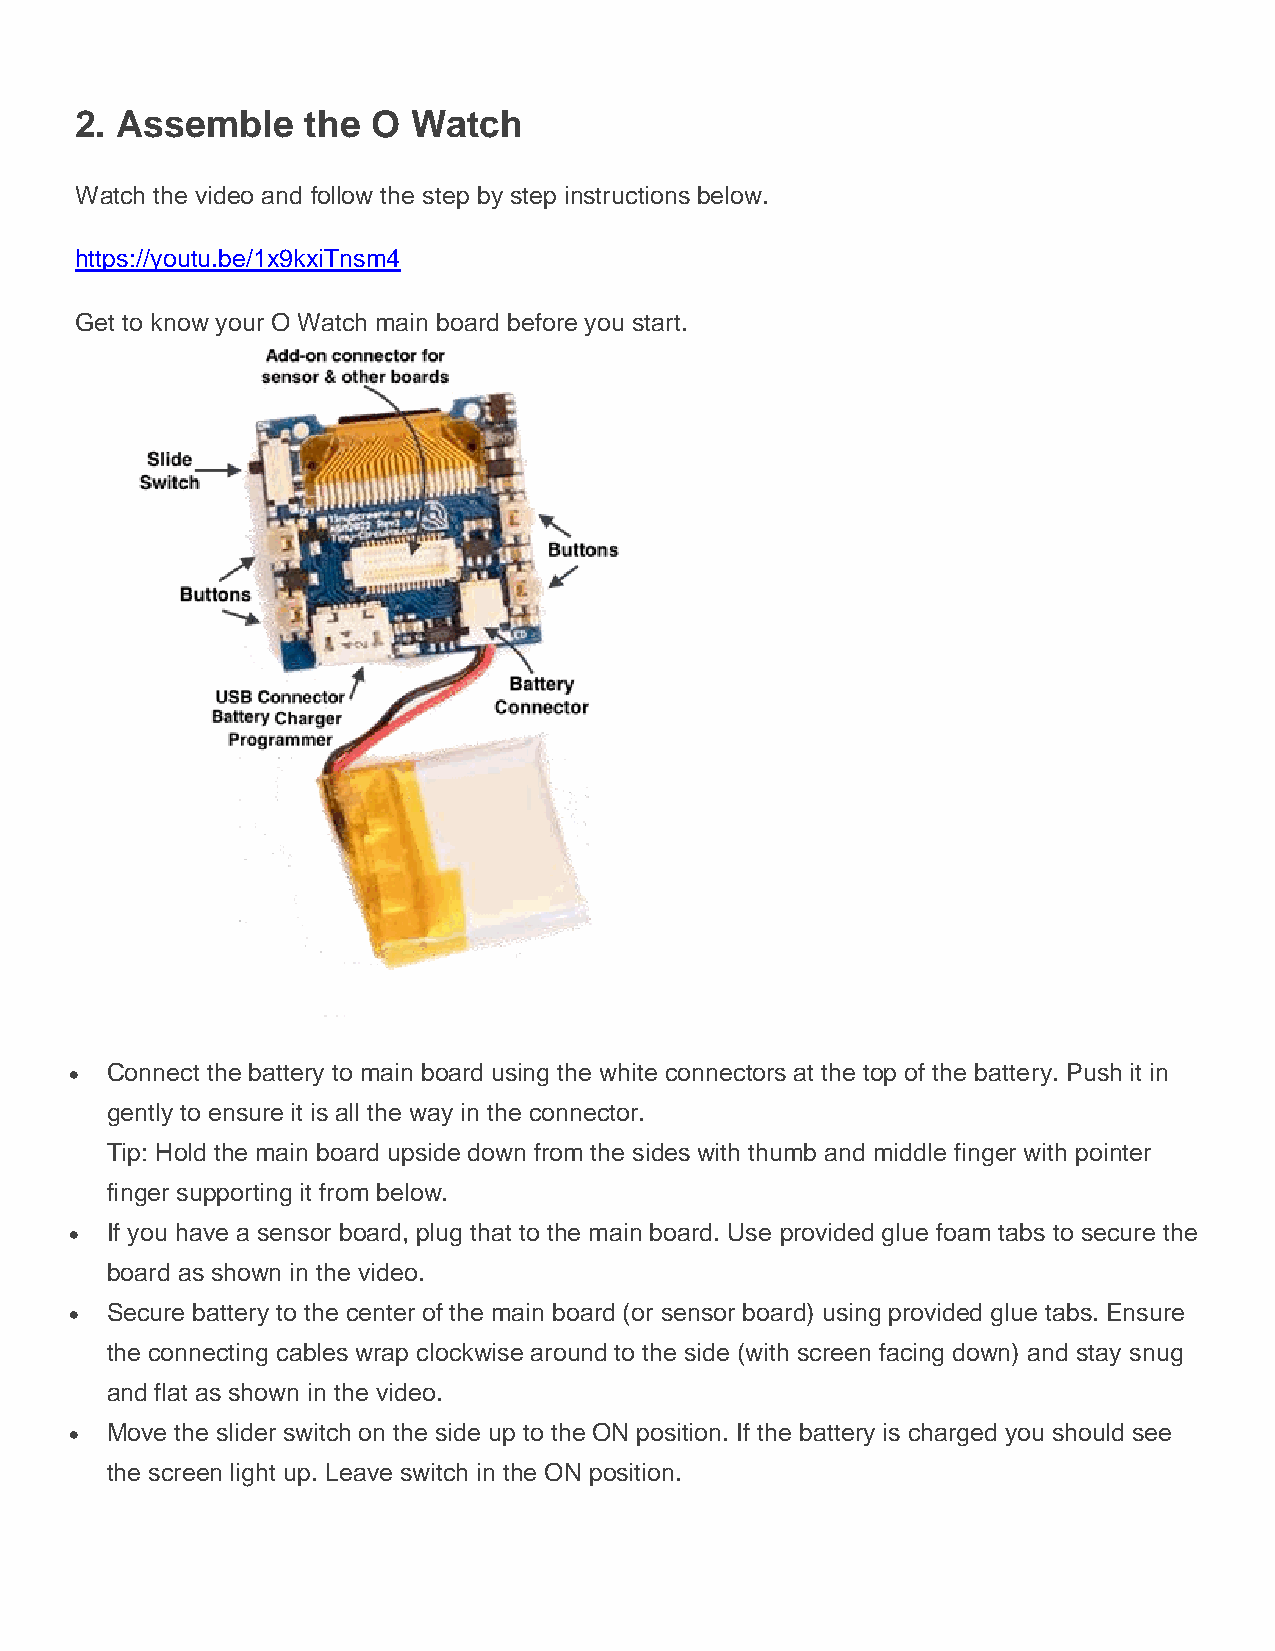
2. Assemble    the  O Watch
 Watch the video and follow the step by step instructions below.
 https://youtu.be/1x9kxiTnsm4
 Get to know your O Watch main board before you start.
  Connect the battery to main board using the white connectors at the top of the battery. Push it in
 gently to ensure it is all the way in the connector.
 Tip: Hold the main board upside down from the sides with thumb and middle finger with pointer
 finger supporting it from below.
  If you have a sensor board, plug that to the main board. Use provided glue foam tabs to secure the
 board as shown in the video.
  Secure battery to the center of the main board (or sensor board) using provided glue tabs. Ensure
 the connecting cables wrap clockwise around to the side (with screen facing down) and stay snug
 and flat as shown in the video.
  Move the slider switch on the side up to the ON position. If the battery is charged you should see
 the screen light up. Leave switch in the ON position.